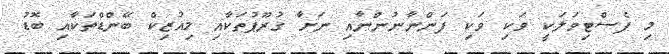
މި ފެސްޓިވަލަކީ ވަކި ވަކި ފަންނާނުންނާއި ނަށާ ގުރޫޕުތަކާއި މިއުޒިކް ބޭންޑްތަކާއި ބޮޑު